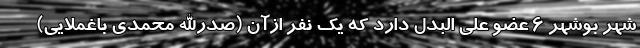
شهر بوشهر ۶ عضو علی البدل دارد که یک نفر ازآن (صدرالله محمدی باغملایی)